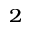
_ 2